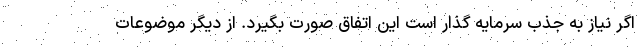
اگر نیاز به جذب سرمایه گذار است این اتفاق صورت بگیرد. از دیگر موضوعات